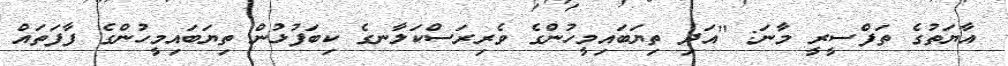
އާޔަތުގެ ތަފްސީރީ މާނަ: ''އަދި ތިޔަބައިމީހުންގެ ވެރިރަސްކަލާނގެ ކިބަފުޅުން ތިޔަބައިމީހުންގެ ފާފަތައް